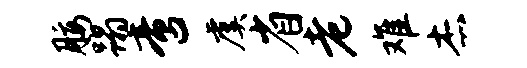
腰蹋啻虞省老难杰